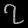
Digit: ၇